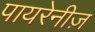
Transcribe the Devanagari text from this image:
पायरेनीज़